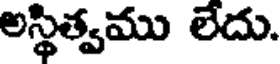
అస్థిత్వము లేదు.